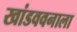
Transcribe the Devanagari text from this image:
खांडववनाला